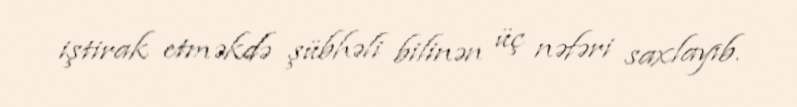
iştirak etməkdə şübhəli bilinən üç nəfəri saxlayıb.